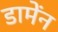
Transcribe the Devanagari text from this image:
डामेंन